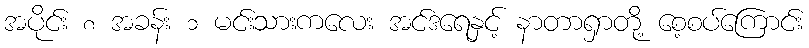
အပိုင်း ၈ အခန်း ၁ မင်းသားကလေး အင်ဒရေနှင့် နာတာရှာတို့ စေ့စပ်ကြောင်း